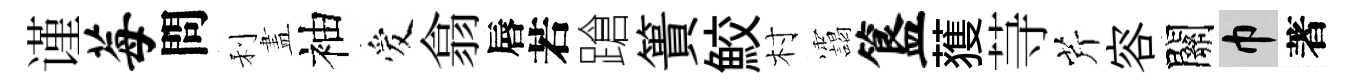
谨莓問利𥁞袖爱翕唇若蹌簣鮫村靄簋𫉬䒭芹容關巾著